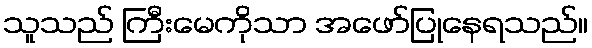
သူသည် ကြီးမေကိုသာ အဖော်ပြုနေရသည်။